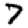
Digit: 7